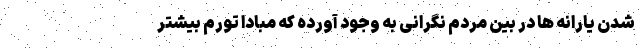
شدن یارانه ها در بین مردم نگرانی به وجود آورده که مبادا تورم بیشتر